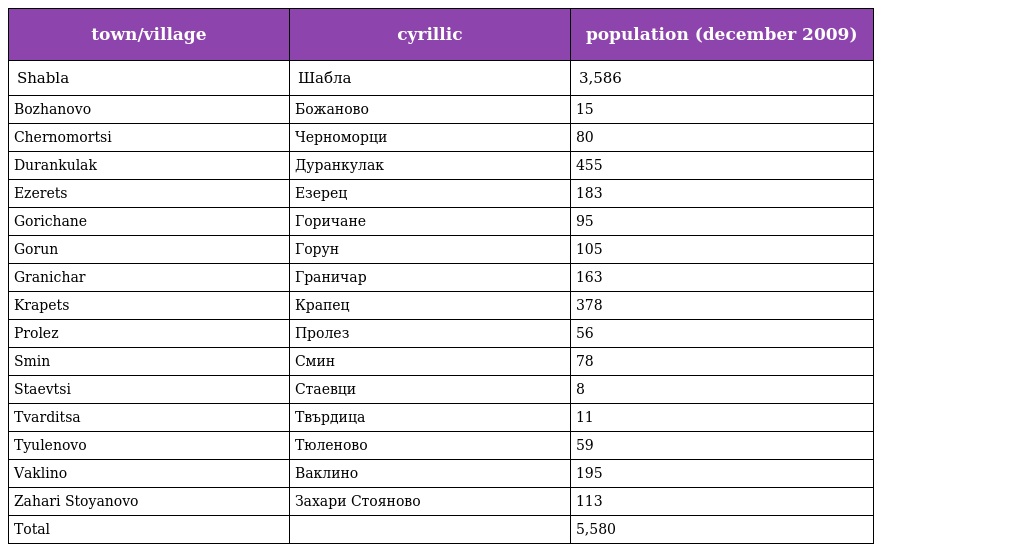
| town/village | cyrillic | population (december 2009) |
 | --- | --- | --- |
 | Shabla | Шабла | 3,586 |
 | Bozhanovo | Божаново | 15 |
 | Chernomortsi | Черноморци | 80 |
 | Durankulak | Дуранкулак | 455 |
 | Ezerets | Езерец | 183 |
 | Gorichane | Горичане | 95 |
 | Gorun | Горун | 105 |
 | Granichar | Граничар | 163 |
 | Krapets | Крапец | 378 |
 | Prolez | Пролез | 56 |
 | Smin | Смин | 78 |
 | Staevtsi | Стаевци | 8 |
 | Tvarditsa | Твърдица | 11 |
 | Tyulenovo | Тюленово | 59 |
 | Vaklino | Ваклино | 195 |
 | Zahari Stoyanovo | Захари Стояново | 113 |
 | Total |  | 5,580 |